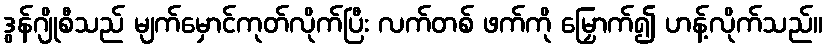
ဒွန်ဂျိုစီသည် မျက်မှောင်ကုတ်လိုက်ပြီး လက်တစ် ဖက်ကို မြှောက်၍ ဟန့်လိုက်သည်။